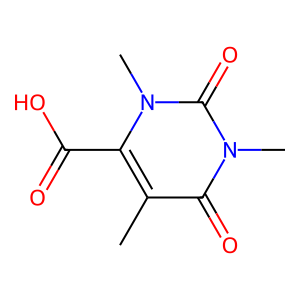
SMILES: Cc1c(C(=O)O)n(C)c(=O)n(C)c1=O
Inhibits HIV replication: No